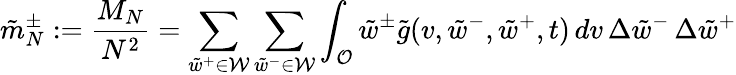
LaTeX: \tilde{m}_{N}^{\pm}:=\frac{M_{N}}{N^{2}}=\sum_{\tilde{w}^{+}\in\mathcal{W}}\sum_{\tilde{w}^{-}\in\mathcal{W}}\int_{\mathcal{O}}\tilde{w}^{\pm}\tilde{g}(v,\tilde{w}^{-},\tilde{w}^{+},t)\, dv\, \Delta{\tilde{w}^{-}}\, \Delta{\tilde{w}^{+}}